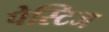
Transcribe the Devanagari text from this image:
पेस्टिज